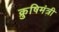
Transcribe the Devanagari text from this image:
क्रुषिमंत्री